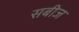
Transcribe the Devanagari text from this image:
सबीज